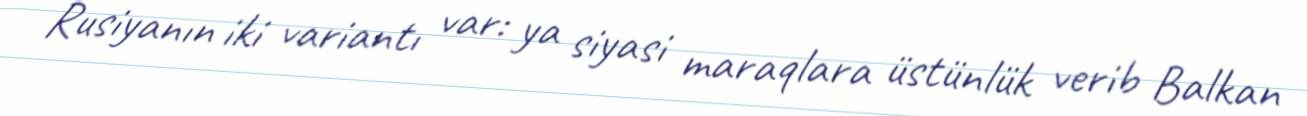
Rusiyanın iki variantı var: ya siyasi maraqlara üstünlük verib Balkan